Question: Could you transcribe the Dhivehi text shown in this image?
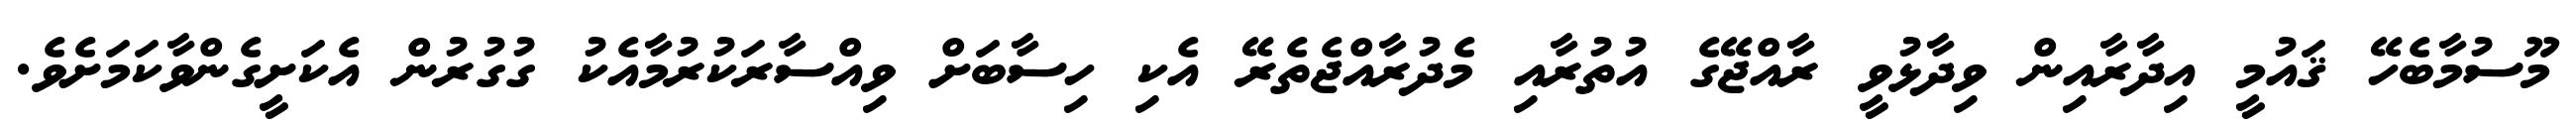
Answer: މޫސުމާބެހޭ ޤައުމީ އިދާރާއިން ވިދާޅުވީ ރާއްޖޭގެ އުތުރާއި މެދުރާއްޖެތެރޭ އެކި ހިސާބަށް ވިއްސާރަކުރުމާއެކު ގުގުރުން އެކަށީގެންވާކަމަށެވެ.